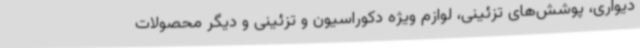
دیواری، پوشش‌های تزئینی، لوازم ویژه دکوراسیون و تزئینی و دیگر محصولات